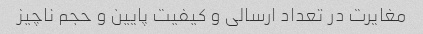
مغایرت در تعداد ارسالی و کیفیت پایین و حجم ناچیز